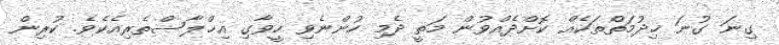
ގިނަ ގުނަ ޚިދުމަތްތަކެއް ކޮށްދެއްވުން މަތީ ދެމި ހުންނެވި ހީވާގި އިޚްލާސްތެރިއެކެވެ. ކުރިން